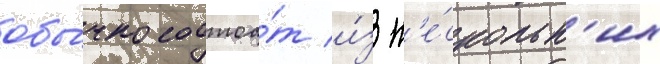
обы́чно состоа́т и́з н'е́скольк'их